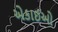
એકાઈઓ